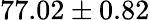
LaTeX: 77.02\pm 0.82